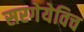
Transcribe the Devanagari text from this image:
सरगेयेविच